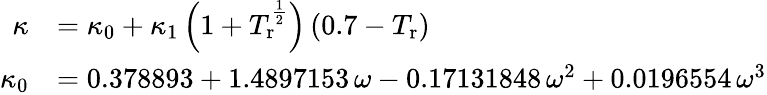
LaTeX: {\begin{array}{rl}{\kappa}&{=\kappa_{0}+\kappa_{1}\left(1+T_{\mathrm{r}}^{\frac{1}{2}}\right)\left(0.7-T_{\mathrm{r}}\right)}\\ {\kappa_{0}}&{=0.378893+1.4897153\, \omega-0.17131848\, \omega^{2}+0.0196554\, \omega^{3}}\end{array}}